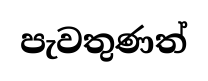
පැවතුණත්